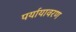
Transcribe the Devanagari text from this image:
पर्यायावरण